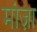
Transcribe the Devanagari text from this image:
मांज़ा